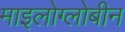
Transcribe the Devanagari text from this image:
माइलोग्लोबीन